Annual administration report of the Bombay Presidency - 1887-1892
Year: 1887
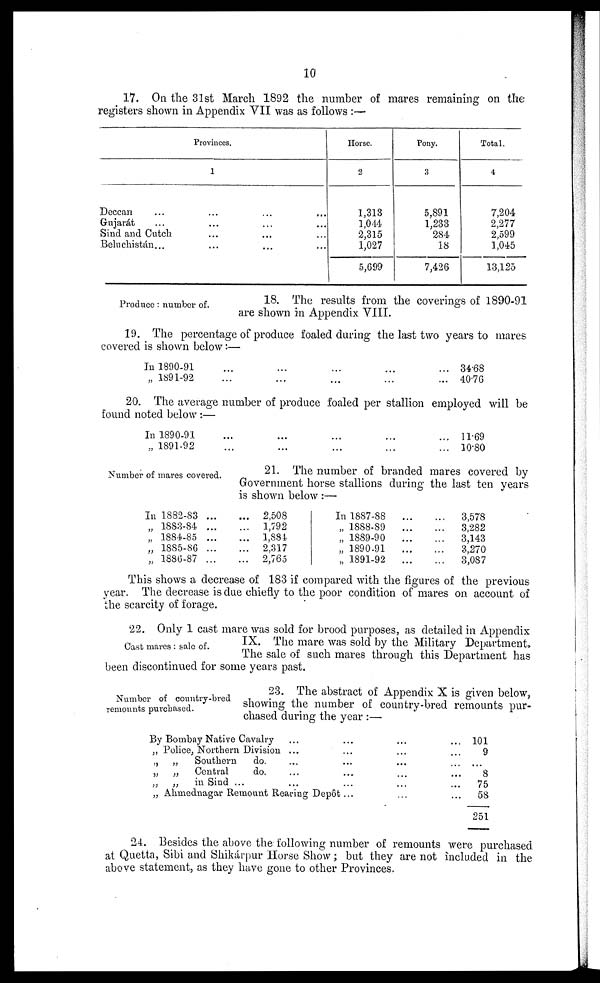
10
17. On the 31st March 1892 the number of mares remaining on the
registers shown in Appendix VII was as follows:—
Provinces.
1
Deccan ... ... ... ...
Gujarat ... ... ... ... ...
Sind and Cutch ... ... ... ...
Beluchistán ... ... ... ... ...
Horse.
2
1,313
1,044
2,315
1,027
5,699
Pony.
3
5,891
1,233
284
18
7,426
Total.
4
7,204
2,277
2,599
1,045
13,125
Produce: number of.
18. The results from the coverings of 1890-91
are shown in Appendix VIII.
19. The percentage of produce foaled during the last two years to mares
covered is shown below:—
In 1890-91 ... ... ... ...
„ 1891-92 ... ... ... ...
3468
4076
20. The average number of produce foaled per stallion employed will be
found noted below:—
In 1890-91 ... ... ... ...
„ 1891-92 ... ... ... ...
11.69
10.80
Number of mares covered.
21. The number of branded mares covered by
Government horse stallions during the last ten years
is shown below:—
In 1882-83 ... ...
„ 1883-84 ... ...
„ 1884-85 ... ...
„ 1885-86 ... ...
„ 1886-87 ... ...
2,508
1,792
1,884
2,317
2,765
In 1887-88 ... ...
„ 1888-89 ... ...
„ 1889-90 ... ...
„ 1890-91 ... ...
„ 1891-92 ... ...
3,578
3,282
3,143
3,270
3,087
This shows a decrease of 183 if compared with the figures of the previous
year. The decrease is due chiefly to the poor condition of mares on account of
the scarcity of forage.
Cast mares: sale of.
22. Only 1 cast mare was sold for brood purposes, as detailed in Appendix
IX. The mare was sold by the Military Department.
The sale of such mares through this Department has
been discontinued for some years past.
Number of country-bred
remounts purchased.
23. The abstract of Appendix X is given below,
showing the number of country-bred remounts pur-
chased during the year:—
By Bombay Native Cavalry ... ... ... ...
„ Police, Northern Division ... ... ... ... ...
„ „
Southern
do. ... ... ... ... ...
„ „
Central
do. ... ... ... ... ...
„
„
in Sind ... ... ... ... ... ...
„ Ahmednagar Remount Rearing Depôt ... ... ...
101
9
...
8
75
58
251
24. Besides the above the following number of remounts were purchased
at Quetta, Sibi and Shikárpur Horse Show; but they are not included in the
above statement, as they have gone to other Provinces.